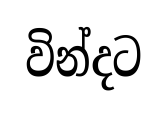
වින්දට